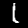
Digit: 1